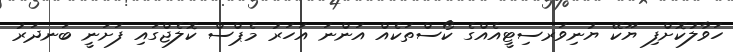
ހަވާލުކޮށްފި ޔޫކޭ ޔުނިވަރސިޓީއެއްގެ ކޯސްތަކެއް އަންނަ އަހަރު މެޕްސް ކޮލެޖްގައި ފަށަނީ ބަނދަރު